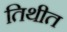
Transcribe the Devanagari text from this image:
तिथीत